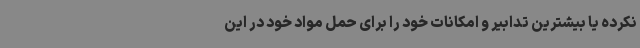
نکرده یا بیشترین تدابیر و امکانات خود را برای حمل مواد خود در این